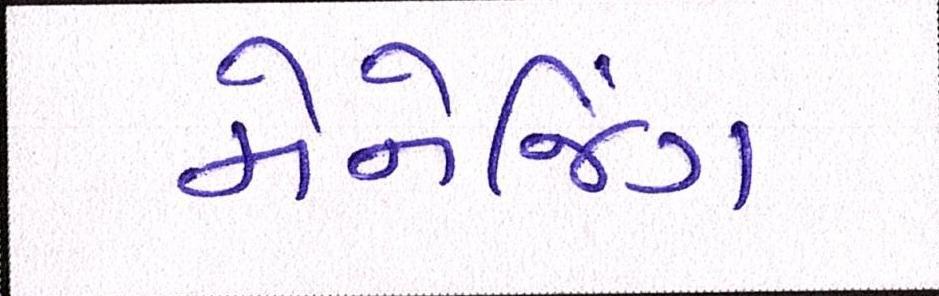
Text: મેનેજિંગ